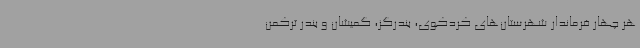
هر چهار فرماندار شهرستان‌های کردکوی، بندرگز، گمیشان و بندر ترکمن